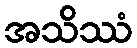
အသိဿံ